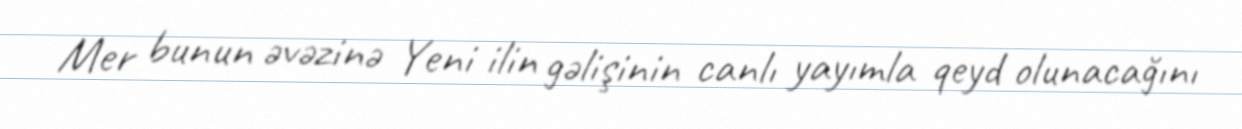
Mer bunun əvəzinə Yeni ilin gəlişinin canlı yayımla qeyd olunacağını